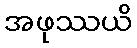
အဖုဿယိ